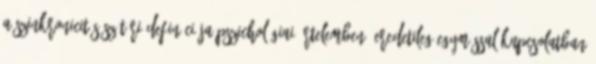
A szinkronicitás szótári definíciója pszichológiai értelemben „eredetileg egymással kapcsolatban